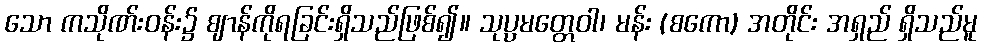
သော ကသိုဏ်းဝန်း၌ ဈာန်ကိုရခြင်းရှိသည်ဖြစ်၍။ သုပ္ပမတ္တေဝါ၊ မန်း (စကော) အတိုင်း အရှည် ရှိသည်မူ